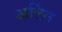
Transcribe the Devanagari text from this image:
अर्लिन